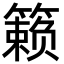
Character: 籁